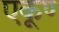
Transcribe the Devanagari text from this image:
एकूण्‍